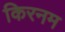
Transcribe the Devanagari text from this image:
किरनम